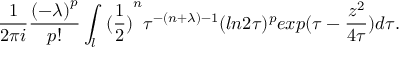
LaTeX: \frac { 1 } { 2 \pi i } \frac { { ( - \lambda ) } ^ { p } } { p ! } \int _ { l } { \ ( \frac { 1 } { 2 } ) } ^ { n } \tau ^ { - ( n + \lambda ) - 1 } ( l n 2 \tau ) ^ { p } e x p ( \tau - \frac { z ^ { 2 } } { 4 \tau } ) d \tau .